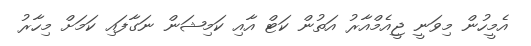
އެމީހުން މިވަނީ ޖީއެމްއާރު އަތުން ކަޓް އާއި ކަމިޝަން ނަގާފައި ކަމަށް މިހާރު